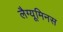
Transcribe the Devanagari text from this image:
लैग्यूमिनस